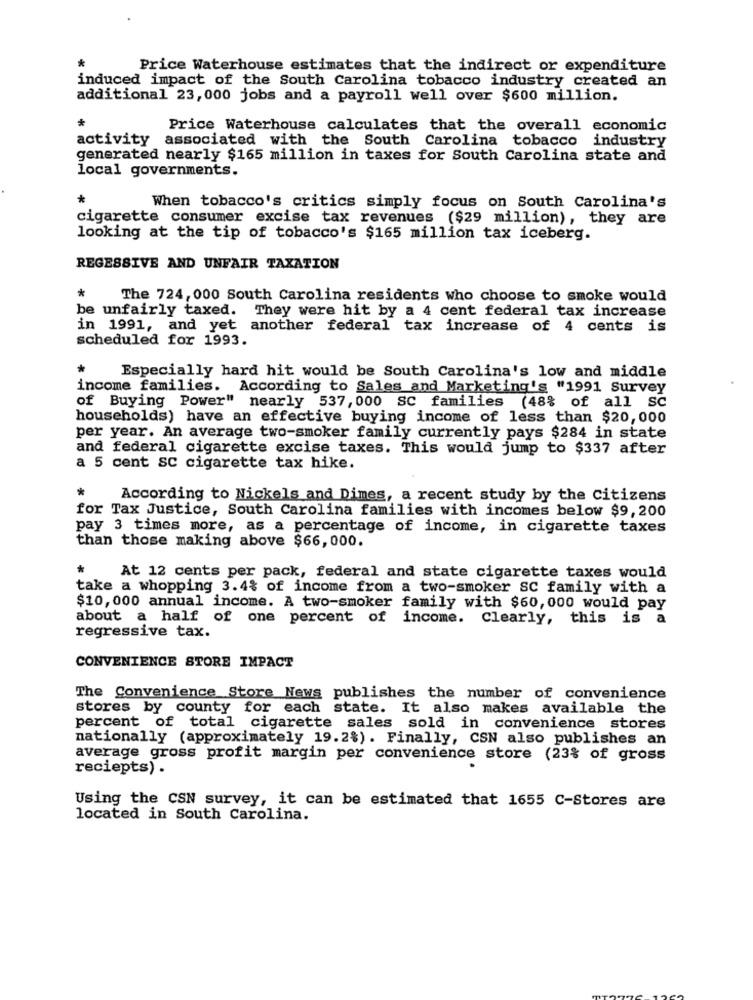
*
Price Waterhouse estimates that the indirect or expenditure
induced impact of the South Carolina tobacco industry created an
additional 23,000 jobs and a payroll well over $600 million.
*
Price Waterhouse calculates that the overall economic
activity associated with the South Carolina tobacco industry
generated nearly $165 million in taxes for South Carolina state and
local governments.
*
When tobacco's critics simply focus on South Carolina's
cigarette consumer excise tax revenues ($29 million), they are
looking at the tip of tobacco's $165 million tax iceberg.
REGESSIVE AND UNFAIR TAXATION
*
The 724, 000 South Carolina residents who choose to smoke would
be unfairly taxed. They were hit by a 4 cent federal tax increase
in 1991, and yet another federal tax increase of 4 cents is
scheduled for 1993.
Especially hard hit would be South Carolina's low and middle
income families. According to Sales and Marketing's "1991 Survey
of Buying Power" nearly 537, 000 SC families (48% of all SC
households) have an effective buying income of less than $20,000
per year. An average two-smoker family currently pays $284 in state
and federal cigarette excise taxes. This would jump to $337 after
a 5 cent SC cigarette tax hike.
*
According to Nickels and Dimes, a recent study by the Citizens
for Tax Justice, South Carolina families with incomes below $9,200
pay 3 times more, as a percentage of income, in cigarette taxes
than those making above $66,000.
*
At 12 cents per pack, federal and state cigarette taxes would
take a whopping 3.4% of income from a two-smoker SC family with a
$10,000 annual income. A two-smoker family with $60,000 would pay
about a half of one percent of income. Clearly, this is a
regressive tax.
CONVENIENCE STORE IMPACT
The Convenience Store News publishes the number of convenience
stores by county for each state. It also makes available the
percent of total cigarette sales sold in convenience stores
nationally (approximately 19.2%). Finally, CSN also publishes an
average gross profit margin per convenience store (23% of gross
reciepts) .
Using the CSN survey, it can be estimated that 1655 C-Stores are
located in South Carolina.